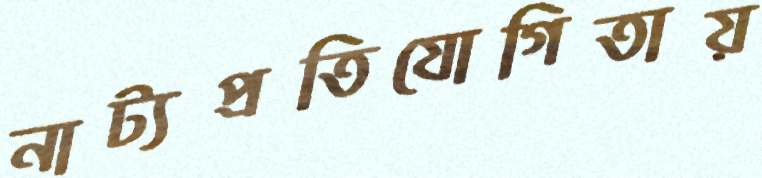
নাট্যপ্রতিযোগিতায়